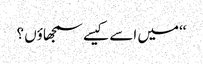
‘‘میں اسے کیسے سمجھاؤں ؟